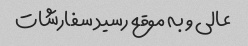
عالی و به موقع رسید سفارشات